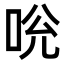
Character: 𠱕